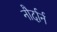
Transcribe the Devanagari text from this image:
नौर्दार्न